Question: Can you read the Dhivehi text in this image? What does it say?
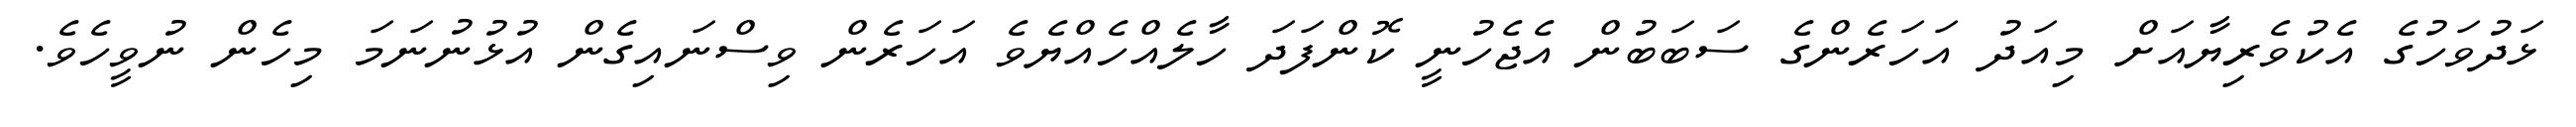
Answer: ޅަދުވަހުގެ އެކުވެރިޔާއަށް މިއަދު އަހަރެންގެ ސަބަބުން އެޖެހުނީ ކޮންފަދަ ހާލެއްހެއްޔެވެ އަހަރެން ވިސްނައިގެން އުޅުނުނަމަ މިހެން ނުވީހެވެ.